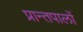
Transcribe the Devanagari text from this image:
प्रान्तपालों